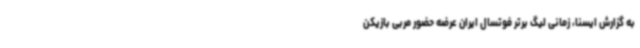
به گزارش ایسنا، زمانی لیگ برتر فوتسال ایران عرضه حضور مربی بازیکن